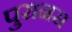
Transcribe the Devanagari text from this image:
पुरानस